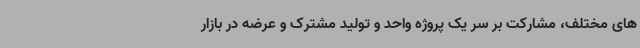
های مختلف، مشارکت بر سر یک پروژه واحد و تولید مشترک و عرضه در بازار